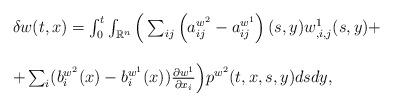
LaTeX: \begin{align*}\begin{array}{ll}\delta w(t,x)=\int_0^t\int_{{\mathbb R}^n}{\Big (}\sum_{ij}\left(a^{w^2}_{ij}-a^{w^1}_{ij}\right)(s,y) w^1_{,i,j}(s,y)+\\\\+\sum_i(b^{w^2}_i(x)-b^{w^1}_i(x))\frac{\partial w^1}{\partial x_i}{\Big )}p^{w^2}(t,x,s,y)dsdy,\end{array}\end{align*}